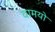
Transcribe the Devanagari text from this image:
वामयो